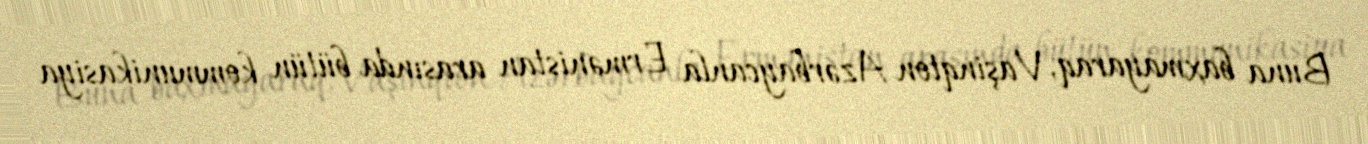
Buna baxmayaraq, Vaşinqton Azərbaycanla Ermənistan arasında bütün kommunikasiya